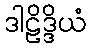
ဒါဠိဒ္ဒိယံ